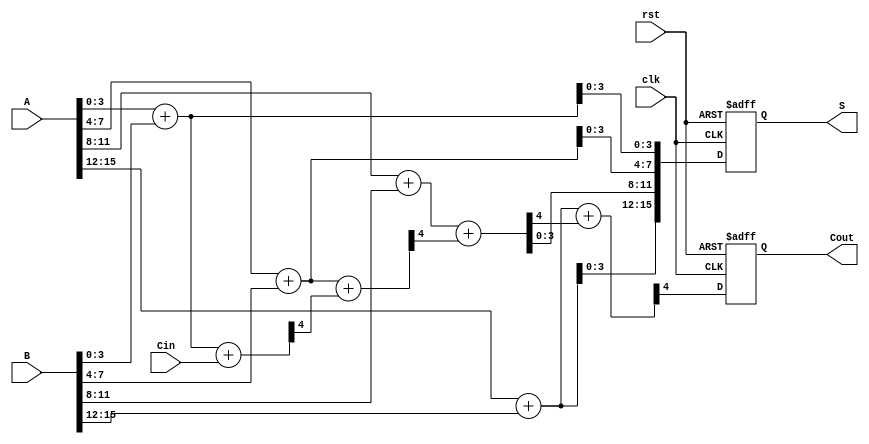
module Pipelined_CSA #(parameter N = 16) (
    input  wire [N-1:0] A,
    input  wire [N-1:0] B,
    input  wire         Cin,
    input  wire         clk,
    input  wire         rst,
    output reg  [N-1:0] S,
    output reg          Cout
);

    // Internal signals
    wire [N/4-1:0] S0, S1, S2, S3; // Sums for each stage
    wire [N/4-1:0] C0, C1, C2, C3; // Carry outs for each stage
    wire [N/4-1:0] S0_mux, S1_mux, S2_mux, S3_mux; // MUX outputs for sums
    wire C0_next, C1_next, C2_next, C3_next; // Next carry in for each stage

    // Stage 0
    assign {C0[0], S0} = A[3:0] + B[3:0] + Cin;
    assign {C0[1], S0} = A[3:0] + B[3:0]; // Assuming Cin = 0
    assign S0_mux = (Cin) ? S0 : S0; // MUX selection (actual implementation would use a MUX)

    // Stage 1
    assign {C1[0], S1} = A[7:4] + B[7:4] + C0[0];
    assign {C1[1], S1} = A[7:4] + B[7:4]; // Assuming carry-in = 0
    assign S1_mux = (C0[0]) ? S1 : S1; // MUX selection

    // Stage 2
    assign {C2[0], S2} = A[11:8] + B[11:8] + C1[0];
    assign {C2[1], S2} = A[11:8] + B[11:8]; // Assuming carry-in = 0
    assign S2_mux = (C1[0]) ? S2 : S2; // MUX selection

    // Stage 3
    assign {C3[0], S3} = A[15:12] + B[15:12] + C2[0];
    assign {C3[1], S3} = A[15:12] + B[15:12]; // Assuming carry-in = 0
    assign S3_mux = (C2[0]) ? S3 : S3; // MUX selection

    // Pipeline registers
    always @(posedge clk or posedge rst) begin
        if (rst) begin
            S <= 0;
            Cout <= 0;
        end else begin
            // Latch the final sum and carry out
            S <= {S3_mux, S2_mux, S1_mux, S0_mux};
            Cout <= C3[0]; // Final carry out
        end
    end

endmodule